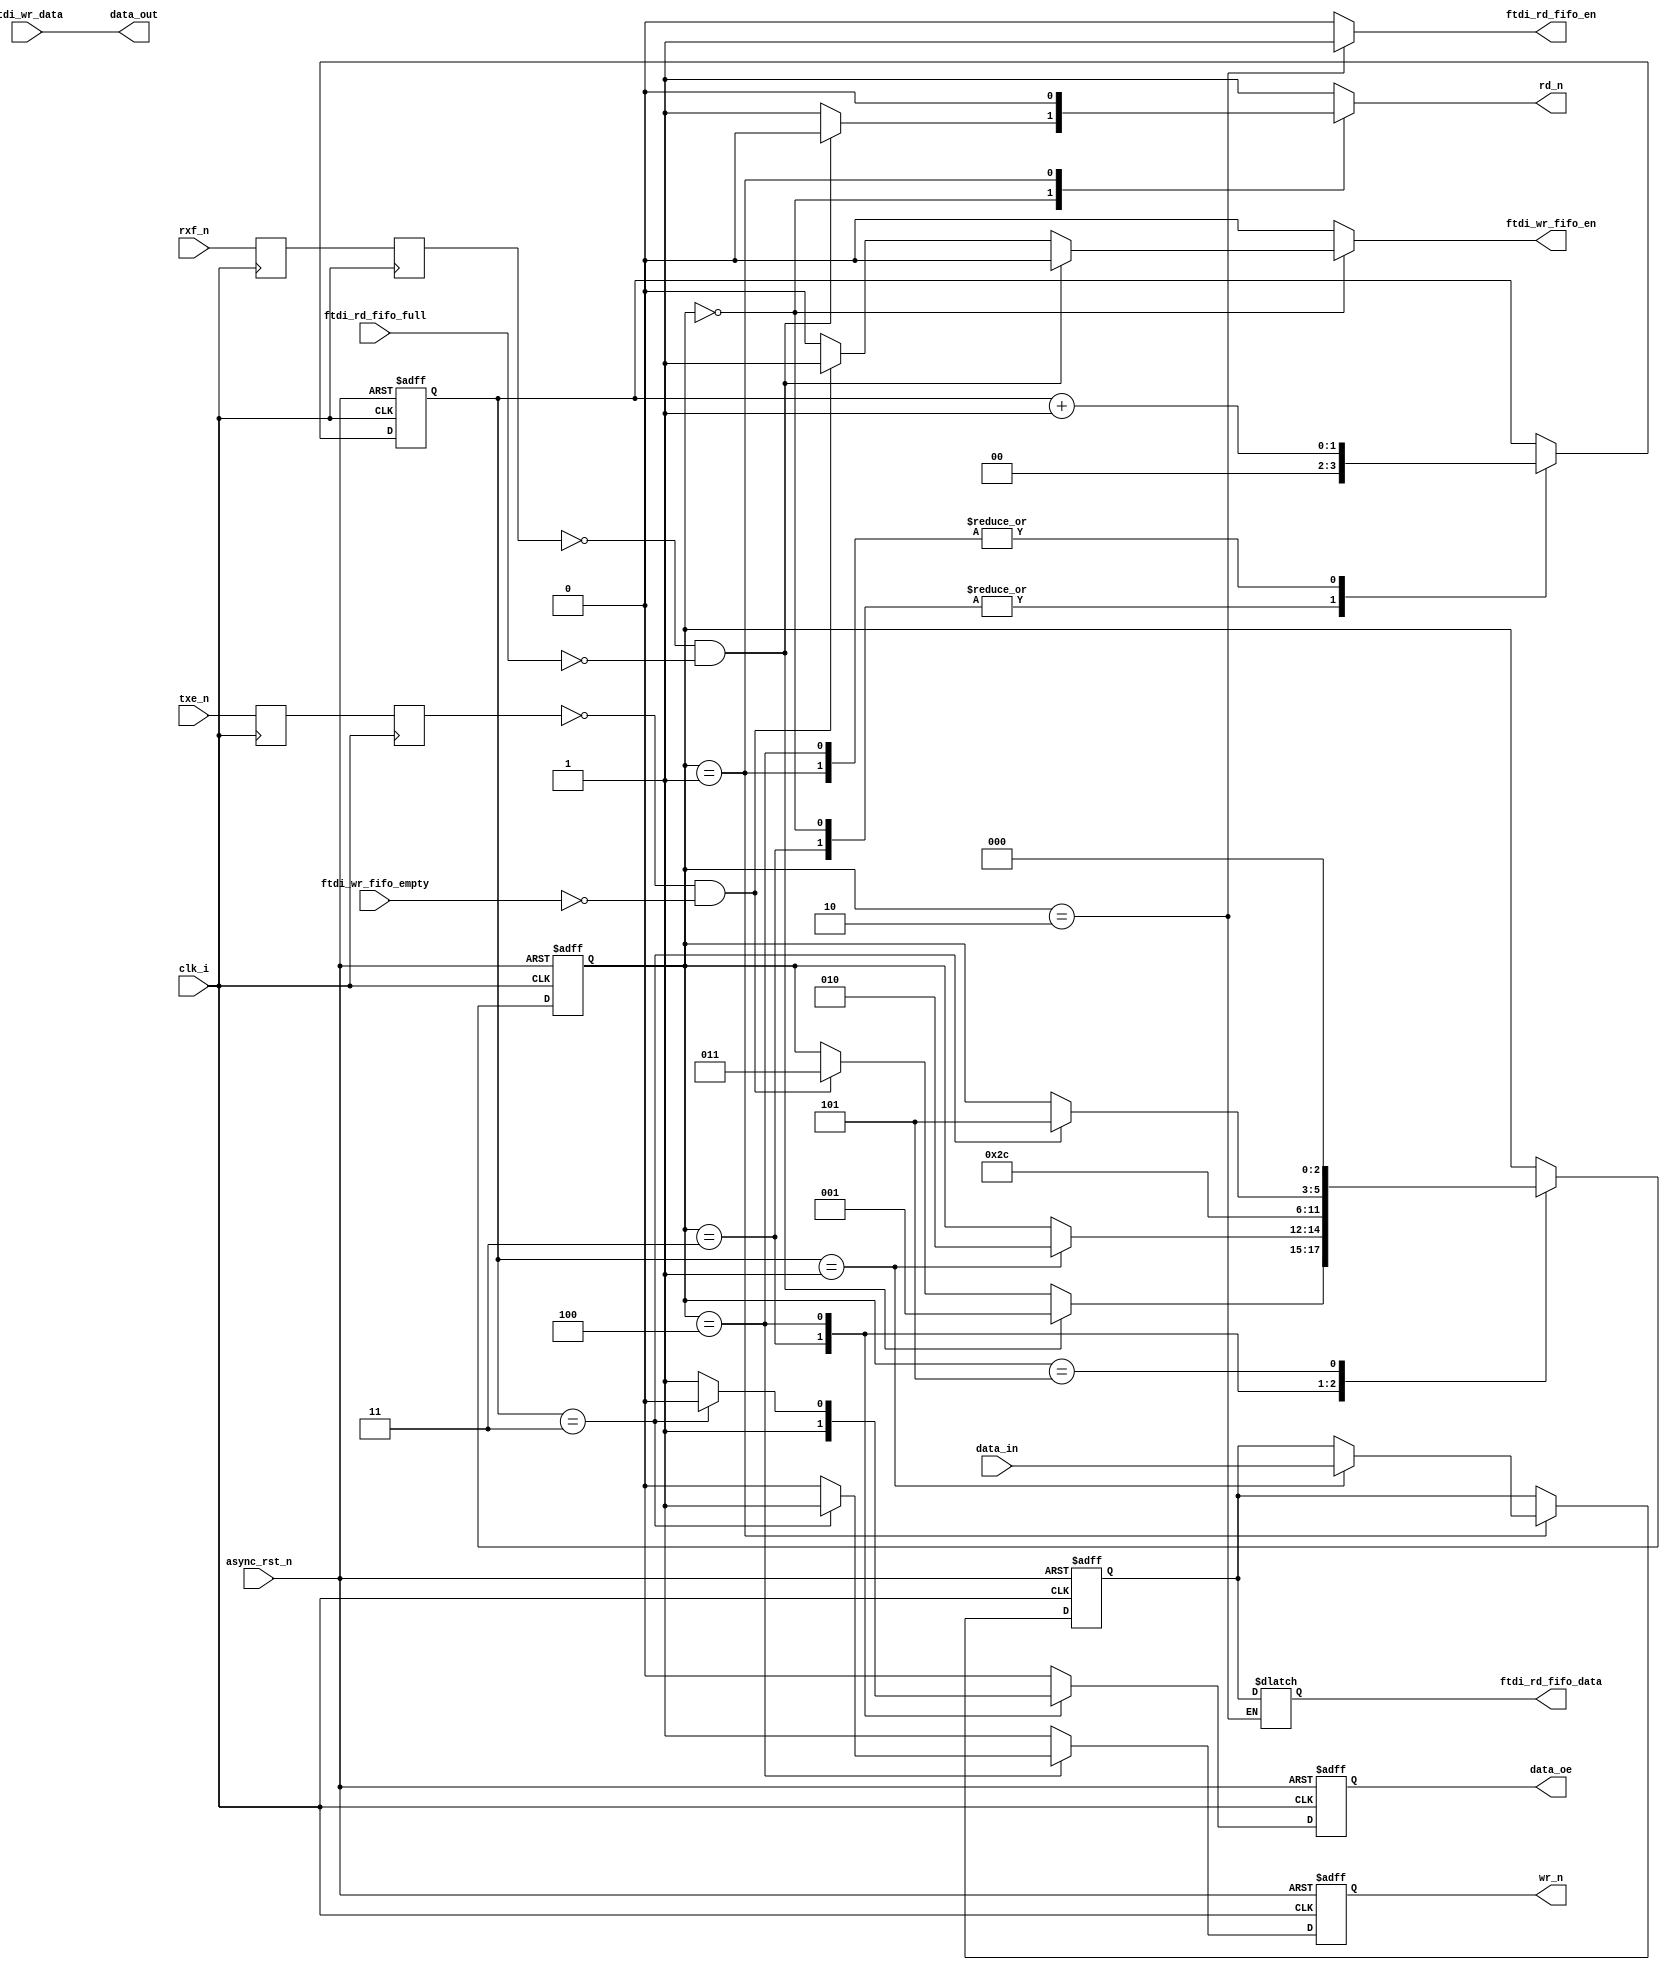
//**************************************************************************************
//  Module Name		: FTDI ENGINE 
//  Description		: FTDI RD WR ENGINE
//  DoR			: June 2021
//  Rev. History	: v1
//  Remarks		:
//
//
//***************************************************************************************

`timescale 1 ns / 1 ps

module ftdi_engine ( 
	input wire        clk_i        ,
	input wire        async_rst_n  ,

        // from/to FTDI CHIP
	input wire       rxf_n        ,
	output reg       rd_n         ,
    
        input  wire       txe_n        ,
        output reg        wr_n         ,
 

        input  wire [7:0] data_in      ,
	output wire [7:0] data_out     ,

	output reg        data_oe      ,

        // RD ASYNC FIFO 
	input wire        ftdi_rd_fifo_full ,
	output reg [7:0]  ftdi_rd_fifo_data ,
        output reg        ftdi_rd_fifo_en   ,	
     

        // WR ASYNC FIFO 
	input wire        ftdi_wr_fifo_empty ,
	input wire [7:0]  ftdi_wr_data       ,
        output reg        ftdi_wr_fifo_en   	
);


  localparam  IDLE             = 3'd0;  
  localparam  RD_PRE_WAIT      = 3'd1;
  localparam  RD_POST_WAIT     = 3'd2;
  localparam  WR_PRE_DATA_LOAD = 3'd3;
  localparam  WR_DONE          = 3'd4;
  localparam  FTDI_BACK_OFF    = 3'd5;


  reg [2:0]  ftdi_eng_state    ; 
  reg [2:0]  ftdi_eng_state_nxt;

  reg rxf_n_meta;
  reg rxf_n_synq;

  reg txe_n_meta;
  reg txe_n_synq;

  reg [1:0] counter_nxt; 
  reg [1:0] counter_reg;


  reg        data_oe_nxt  ;

  wire       rxf          ;
  reg [7:0]  data_in_nxt  ;
  reg [7:0]  data_in_reg  ;
  reg        wr_n_nxt     ;


  assign data_out = ftdi_wr_data ;

  // double flop sync <level>
  always @ (posedge clk_i) begin
    rxf_n_meta  <= rxf_n      ;
    rxf_n_synq  <= rxf_n_meta ;

    txe_n_meta  <= txe_n      ;
    txe_n_synq  <= txe_n_meta ;
  end	  

  assign rxf   = ~ rxf_n_synq;
  assign txe   = ~ txe_n_synq; 


  always @(posedge clk_i, negedge async_rst_n) begin
    if (!async_rst_n) begin
       ftdi_eng_state <= IDLE;
       counter_reg    <= 'd0;
       wr_n           <= 1'd1;
       data_in_reg    <= 'd0;
       data_oe        <= 'b0;
    end
    else begin
       ftdi_eng_state <= ftdi_eng_state_nxt;
       counter_reg    <= counter_nxt       ;
       wr_n           <= wr_n_nxt          ;
       data_in_reg    <= data_in_nxt       ;
       data_oe        <= data_oe_nxt       ;

    end
  end

  always @(*) begin
    ftdi_eng_state_nxt = ftdi_eng_state;
    counter_nxt        = counter_reg   ;
    data_oe_nxt        = 1'b0          ;
    wr_n_nxt           = 1'b1          ;
    data_in_nxt        = data_in_reg   ;
    
    ftdi_rd_fifo_en    = 1'b0          ;
    ftdi_wr_fifo_en    = 1'b0          ;
    rd_n               = 1'b1          ;

    case (ftdi_eng_state) 
      IDLE: begin
	counter_nxt          = 2'd0;
        if ((rxf == 1'b1) && (!ftdi_rd_fifo_full)) begin
          ftdi_eng_state_nxt = RD_PRE_WAIT;
	  rd_n               = 1'b0;       
        end
        else if ((txe == 1'b1) && (!ftdi_wr_fifo_empty)) begin
          ftdi_eng_state_nxt = WR_PRE_DATA_LOAD;
	  ftdi_wr_fifo_en    = 1'b1;
	end	
      end
      RD_PRE_WAIT: begin // must wait for 14ns before read data
	rd_n             = 1'b0;       
        counter_nxt = counter_reg + 1'b1 ;	      
        if (counter_reg == 2'd1) begin
           ftdi_eng_state_nxt = RD_POST_WAIT;
	   data_in_nxt        = data_in; 
        end		
      end
      RD_POST_WAIT: begin // rd_n must maintain 30ns
	rd_n               = 1'b1;       
        ftdi_rd_fifo_data  = data_in_reg    ;
        ftdi_rd_fifo_en    = 1'b1           ;	
        ftdi_eng_state_nxt = FTDI_BACK_OFF  ;
      end
      WR_PRE_DATA_LOAD: begin // pre loads data on the bus
	 data_oe_nxt        = 1'b1        ;
         ftdi_eng_state_nxt = WR_DONE     ;
	 counter_nxt        = 'd0         ; 
      end      
      WR_DONE: begin  // wr_n should maintain 30 ns
	 counter_nxt   = counter_reg + 1'b1;
	 data_oe_nxt   = 1'b1              ;
	 wr_n_nxt      = 1'b0              ;
         if (counter_reg == 2'd3) begin
	    wr_n_nxt      = 1'b1                    ;
	    data_oe_nxt   = 1'b0                    ;
            ftdi_eng_state_nxt = FTDI_BACK_OFF      ;
	 end	 
      end
      FTDI_BACK_OFF: begin
        ftdi_eng_state_nxt = IDLE      ;
      end	      
    endcase	    
  end 
   
endmodule